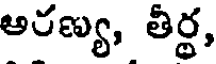
అరణ్య, తీర్ధ,